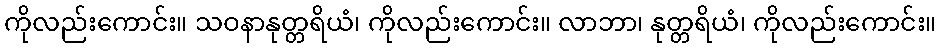
ကိုလည်းကောင်း။ သဝနာနုတ္တရိယံ၊ ကိုလည်းကောင်း။ လာဘာ၊ နုတ္တရိယံ၊ ကိုလည်းကောင်း။